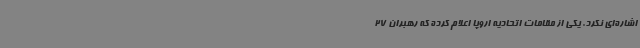
اشاره‌ای نکرد. یکی از مقامات اتحادیه اروپا اعلام کرده که رهبران 27